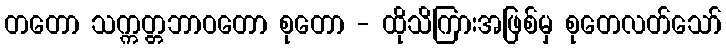
တတော သက္ကတ္တဘာဝတော စုတော - ထိုသိကြားအဖြစ်မှ စုတေလတ်သော်